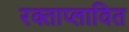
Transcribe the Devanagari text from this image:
रक्ताप्लावित